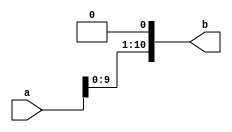
module ShiftLeftOnce_11Bit (a, b);

input [11:1] a;
output [11:1] b;

assign b[1] = 1'b0;
assign b[2] = a[1];
assign b[3] = a[2];
assign b[4] = a[3];
assign b[5] = a[4];
assign b[6] = a[5];
assign b[7] = a[6];
assign b[8] = a[7];
assign b[9] = a[8];
assign b[10] = a[9];
assign b[11] = a[10];

endmodule